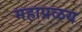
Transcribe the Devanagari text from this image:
महाप्रळय